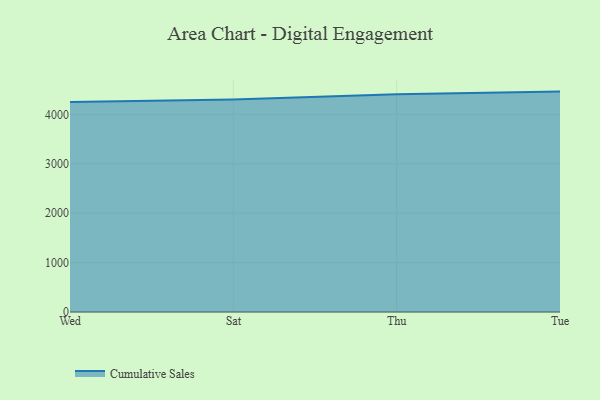
{"axis": {"x": "Day", "y": "Market Share (%)"}, "legend": ["Cumulative Sales"], "data": [{"x": "Wed", "y": 4251.5, "type": "Cumulative Sales"}, {"x": "Sat", "y": 4298.3, "type": "Cumulative Sales"}, {"x": "Thu", "y": 4407.5, "type": "Cumulative Sales"}, {"x": "Tue", "y": 4460.6, "type": "Cumulative Sales"}]}